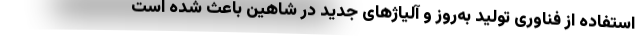
استفاده از فناوری تولید به‌روز و آلیاژهای جدید در شاهین باعث شده است